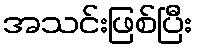
အသင်းဖြစ်ပြီး